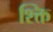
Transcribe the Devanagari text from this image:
श्क्ति